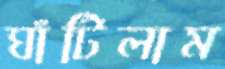
ঘাঁটিলাম